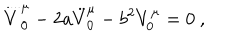
\stackrel { . . . . } V _ { 0 } ^ { \mu } - 2 a \ddot { V } _ { 0 } ^ { \mu } - b ^ { 2 } V _ { 0 } ^ { \mu } = 0 ~ ,